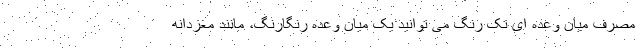
مصرف میان وعده ای تک رنگ می توانید یک میان وعده رنگارنگ، مانند مغزدانه